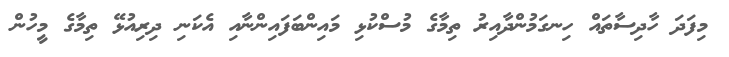
މިފަދަ ހާދިސާތައް ހިނގަމުންދާއިރު ތިމާގެ މުސްކުޅި މައިންބަފައިންނާއި އެކަނި ދިރިއުޅޭ ތިމާގެ މީހުން